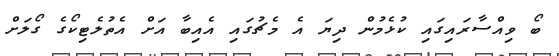
ބޯ ވިއްސާރައިގައި ކުޅެމުން ދިޔަ އެ މެޗުގައި އެއިބާ އަށް އެތުލެޓިކޯގެ ގޯލަށް